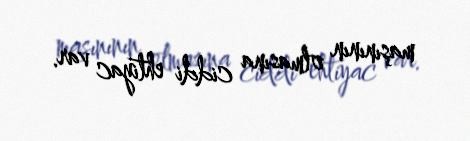
maşınının olmasına ciddi ehtiyac var.